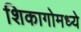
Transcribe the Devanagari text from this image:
शिकागोमध्ये